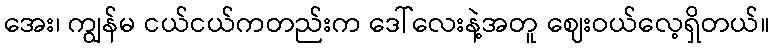
အေး၊ ကျွန်မ ငယ်ငယ်ကတည်းက ဒေါ်လေးနဲ့အတူ ဈေးဝယ်လေ့ရှိတယ်။